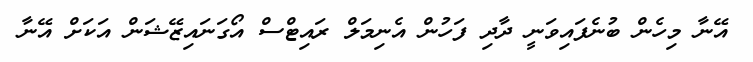
އޭނާ މިހެން ބުނެފައިވަނީ ދާދި ފަހުން އެނިމަލް ރައިޓްސް އޯގަނައިޒޭޝަން އަކަށް އޭނާ